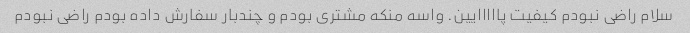
سلام راضی نبودم کیفیت پااااایین. واسه منکه مشتری بودم و چندبار سفارش داده بودم راضی نبودم